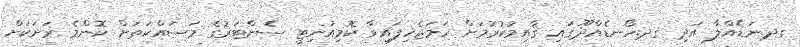
ގދ.ނަޑެއްލާ އަދި ގދ.ހޯނޑެއްދޫގައި ޤާއިމުކުރުމަށް ހަމަޖެހިފައިވާ ކޮމިއުނިޓީ ސެންޓަރުގެ މަސައްކަތަށް ކޮންމެ ރަށަކަށް